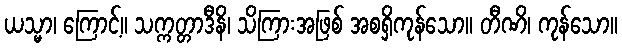
ယသ္မာ၊ ကြောင့်။ သက္ကတ္တာဒီနိ၊ သိကြားအဖြစ် အစရှိကုန်သော။ တီဏိ၊ ကုန်သော။